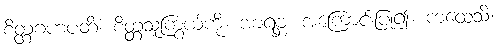
စိတ္တဂဟပတိံ၊ စိတ္တသူကြွယ်ကို။ အာရဗ္ဘ၊ အကြောင်းပြု၍။ ကထေသိ၊